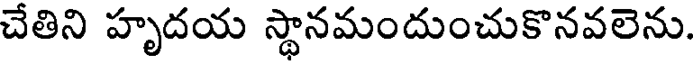
చేతిని హృదయ స్థానమందుంచుకొనవలెను.